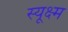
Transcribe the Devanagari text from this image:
स्यूक्ष्म